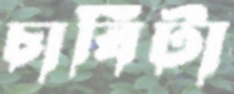
চাবিটা